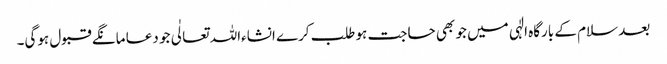
بعد سلام کے بارگاہ الٰہی میں جو بھی حاجت ہو طلب کرے انشاءاللہ تعالٰی جو دعا مانگے قبول ہوگی۔